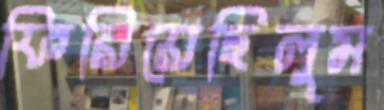
ফিরিয়েছিলুম